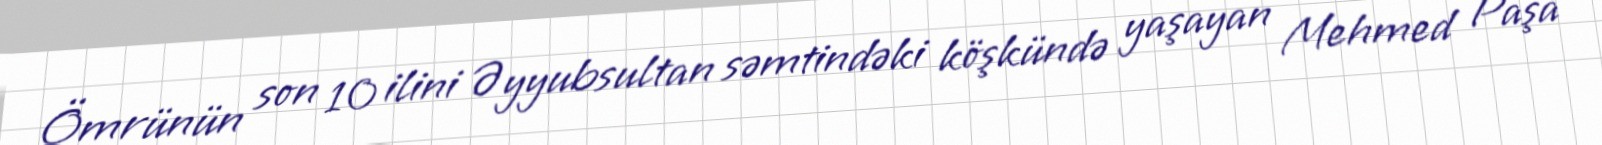
Ömrünün son 10 ilini Əyyubsultan səmtindəki köşkündə yaşayan Mehmed Paşa